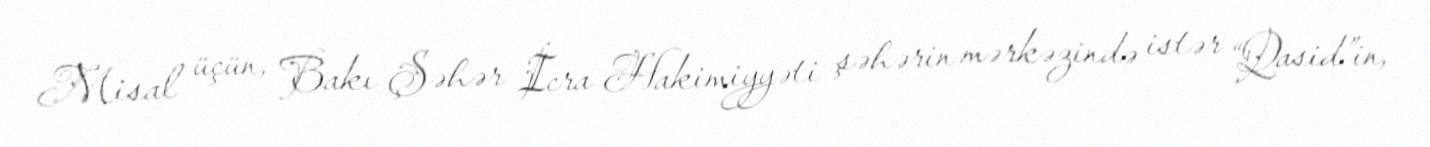
Misal üçün, Bakı Şəhər İcra Hakimiyyəti şəhərin mərkəzində istər “Qasid”in,